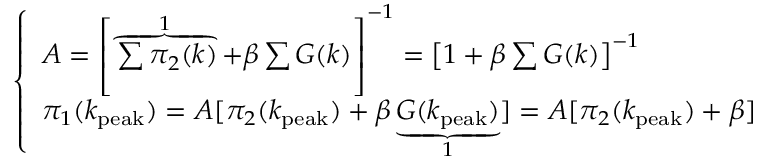
\left\{ \begin{array} { l } { A = \left[ \overbrace { \sum \pi _ { 2 } ( k ) } ^ { 1 } + \beta \sum G ( k ) \right] ^ { - 1 } = \left[ 1 + \beta \sum G ( k ) \right] ^ { - 1 } } \\ { \pi _ { 1 } ( k _ { \mathrm { p e a k } } ) = A [ \pi _ { 2 } ( k _ { \mathrm { p e a k } } ) + \beta \underbrace { G ( k _ { \mathrm { p e a k } } ) } _ { 1 } ] = A [ \pi _ { 2 } ( k _ { \mathrm { p e a k } } ) + \beta ] } \end{array} \right.